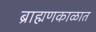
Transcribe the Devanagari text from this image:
ब्राह्मणकाळात